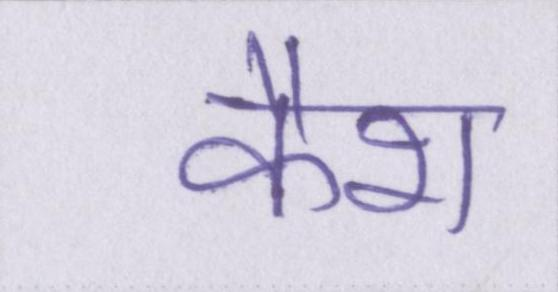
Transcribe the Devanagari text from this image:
कैश